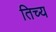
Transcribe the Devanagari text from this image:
तिच्य